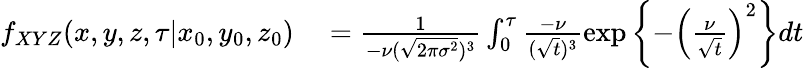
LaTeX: \begin{array}{rl}{f_{XYZ}(x,y,z,\tau\vert x_{0},y_{0},z_{0})}&{{}=\frac{1}{-\nu(\sqrt{2\pi\sigma^{2}})^{3}}\int_{0}^{\tau}\frac{-\nu}{(\sqrt{t})^{3}}\exp\left\lbrace-\left(\frac{\nu}{\sqrt{t}}\right)^{2}\right\rbrace dt}\end{array}